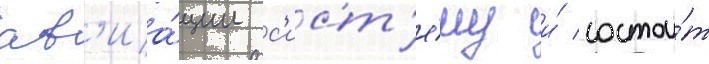
ав'иа́ции с'ист'е́му и́ состои́т